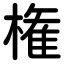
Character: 権